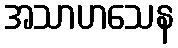
အသာဟသေန